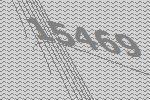
15469